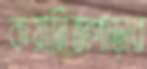
কয়ানিজপাড়ার